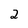
Character: 2